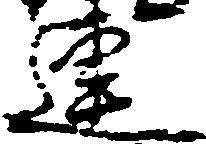
連